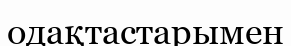
одақтастарымен